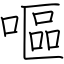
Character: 嘔